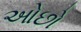
ઓછો